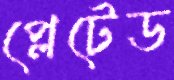
প্লেটেড